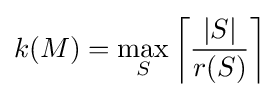
k(M)=\max _{S}\left\lceil {\frac {|S|}{r(S)}}\right\rceil